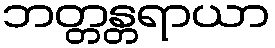
ဘတ္တန္တရာယာ